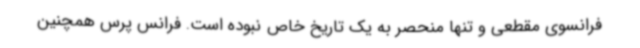
فرانسوی مقطعی و تنها منحصر به یک تاریخ خاص نبوده است. فرانس پرس همچنین